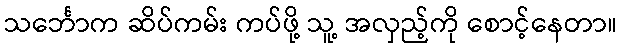
သင်္ဘောက ဆိပ်ကမ်း ကပ်ဖို့ သူ့ အလှည့်ကို စောင့်နေတာ။